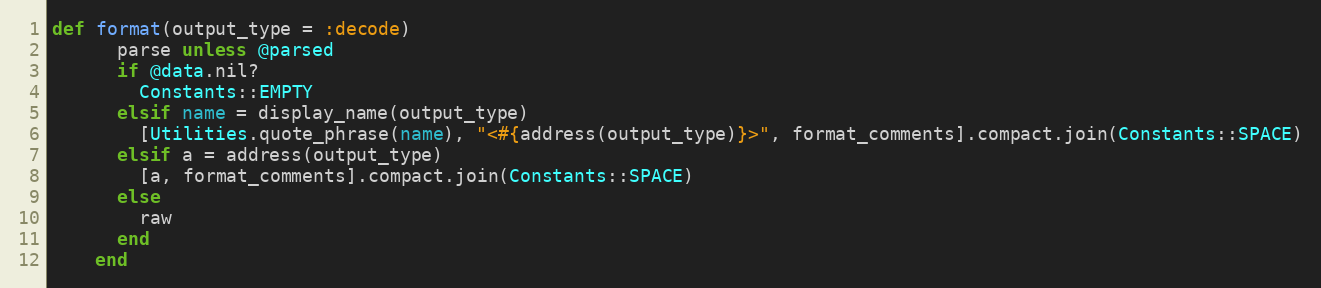
Language: Ruby
def format(output_type = :decode)
      parse unless @parsed
      if @data.nil?
        Constants::EMPTY
      elsif name = display_name(output_type)
        [Utilities.quote_phrase(name), "<#{address(output_type)}>", format_comments].compact.join(Constants::SPACE)
      elsif a = address(output_type)
        [a, format_comments].compact.join(Constants::SPACE)
      else
        raw
      end
    end